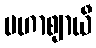
မဟာဈာယီ